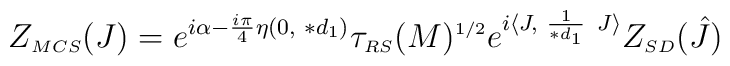
Z_{\scriptscriptstyle MCS} (J) = e^{i \alpha - \frac{i\pi}{4} \eta (0, \hskip 3pt \ast d_{\scriptscriptstyle 1})}\tau_{\scriptscriptstyle RS}(M)^{\scriptscriptstyle 1/2}e^{i \langle J, \hskip 3pt \frac{1}{\ast d_{\scriptscriptstyle 1}} \hskip4pt J \rangle}Z_{\scriptscriptstyle SD} (\hat{J})